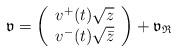
LaTeX: \begin{align*}\mathfrak{v}=\left( \begin{array}{c}v^+(t)\sqrt{z}\\v^-(t)\sqrt{\bar{z}}\end{array} \right)+\mathfrak{v}_{\mathfrak{R}}\end{align*}